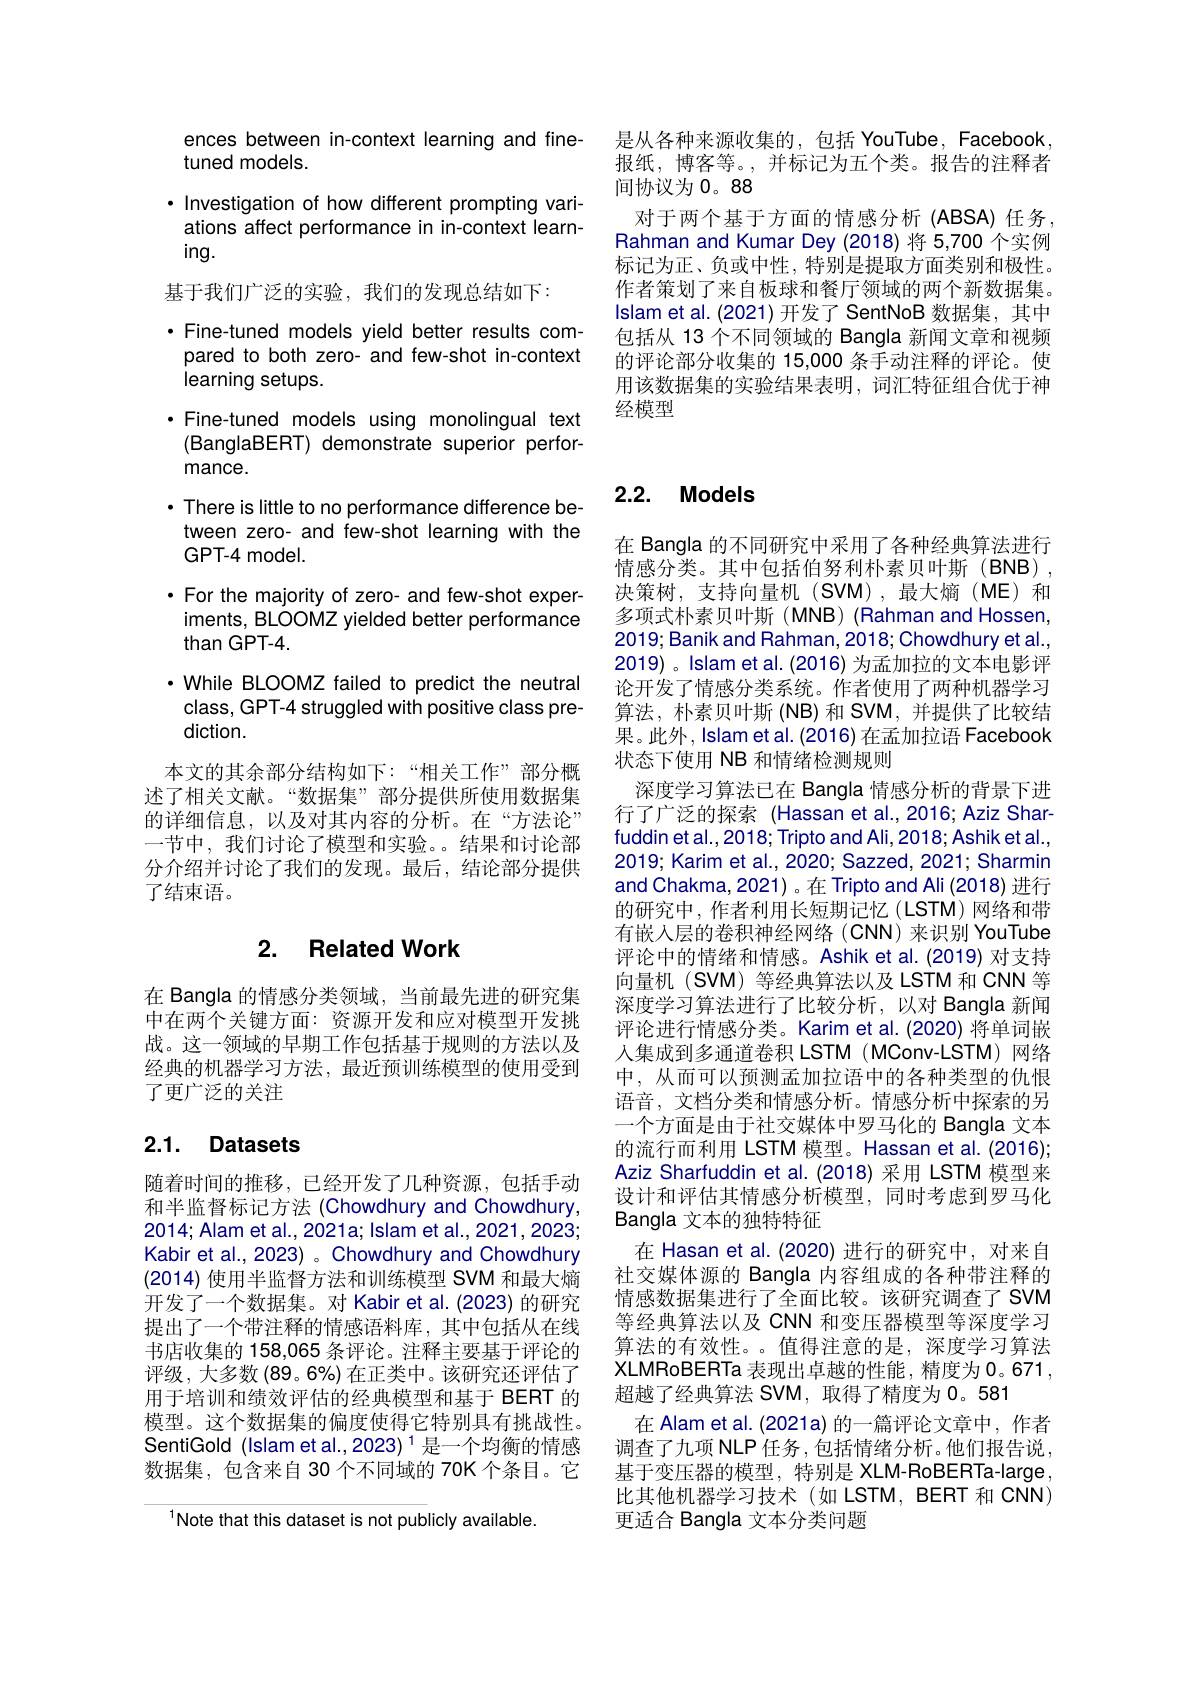
是从各种来源收集的，包括 YouTube, Facebook 报纸，博客等。,并标记为五个类。报告的注释者间协议为 0。88
对于两个基于方面的情感分析(ABSA)任务Rahman and Kumar Dey(2018)将 5,700 个实例标记为正、负或中性，特别是提取方面类别和极性。作者策划了来自板球和餐厅领域的两个新数据集。Islam et al. (2021) 开发了 SentNoB 数据集，其中包括从 13 个不同领域的 Bangla 新闻文章和视频的评论部分收集的 15,000 条手动注释的评论。使用该数据集的实验结果表明，词汇特征组合优于神经模型

ences between in-context learning and fine-
tuned models.
$\cdot$ Investigation of how different prompting variations affect performance in in-context learning.
基于我们广泛的实验，我们的发现总结如下：
· Fine-tuned models yield better results compared to both zero- and few-shot in-context learning setups.
·Fine-tuned models using monolingual text (BanglaBERT) demonstrate superior performance.
· There is little to no performance difference be-
tween zero- and few-shot learning with the
GPT- 4 model.
·For the majority of zero- and few-shot exper-
iments, BLOOMZ yielded better performance
than GPT-4.
· While BLOOMZ failed to predict the neutral class, GPT-4 struggled with positive class prediction.
本文的其余部分结构如下：“相关工作”部分概述了相关文献。“数据集”部分提供所使用数据集的详细信息，以及对其内容的分析。在“方法论” 一节中，我们讨论了模型和实验。。结果和讨论部分介绍并讨论了我们的发现。最后，结论部分提供了结束语。

### 2. Related Work

在 Bangla 的情感分类领域，当前最先进的研究集中在两个关键方面：资源开发和应对模型开发挑战。这一领域的早期工作包括基于规则的方法以及经典的机器学习方法，最近预训练模型的使用受到了更广泛的关注

# 2.1. Datasets

随着时间的推移，已经开发了几种资源，包括手动和半监督标记方法 (Chowdhury and Chowdhury, 2014; Alam et al., 2021a; Islam et al., 2021, 2023; Kabir et al., 2023) 。Chowdhury and Chowdhury (2014)使用半监督方法和训练模型 SVM 和最大熵开发了一个数据集。对 Kabir et al. (2023) 的研究提出了一个带注释的情感语料库，其中包括从在线书店收集的 158,065 条评论。注释主要基于评论的评级，大多数(89。6%) 在正类中。该研究还评估了用于培训和绩效评估的经典模型和基于 BERT 的模型。这个数据集的偏度使得它特别具有挑战性。SentiGold (Islam et al.,2023) $^1$是一个均衡的情感数据集，包含来自 30 个不同域的 70K 个条目。它

$^{1}$Note that this dataset is not publicly available.

## 2.2. Models

在 Bangla 的不同研究中采用了各种经典算法进行情感分类。其中包括伯努利朴素贝叶斯(BNB), 决策树，支持向量机(SVM),最大熵(ME)和多项式朴素贝叶斯(MNB)(Rahman and Hossen, 2019; Banik and Rahman, 2018; Chowdhury et al. 2019) 。Islam et al. (2016) 为孟加拉的文本电影评论开发了情感分类系统。作者使用了两种机器学习算法，朴素贝叶斯 (NB)和 SVM, 并提供了比较结果。此外，Islam et al. (2016) 在孟加拉语 Facebook 状态下使用 NB 和情绪检测规则
深度学习算法已在 Bangla 情感分析的背景下进行了广泛的探索 (Hassan et al.,2016; Aziz Sharfuddin et al., 2018; Tripto and Ali, 2018; Ashik et al., 2019; Karim et al., 2020; Sazzed, 2021; Sharmin and Chakma, 2021) 。在 Tripto and Ali (2018) 进行的研究中，作者利用长短期记忆(LSTM)网络和带有嵌入层的卷积神经网络(CNN)来识别 YouTube 评论中的情绪和情感。Ashik et al.(2019) 对支持向量机(SVM) 等经典算法以及 LSTM 和 CNN 等深度学习算法进行了比较分析，以对 Bangla 新闻评论进行情感分类。Karim et al.(2020) 将单词嵌人集成到多通道卷积 LSTM (MConv-LSTM) 网络中，从而可以预测孟加拉语中的各种类型的仇恨语音，文档分类和情感分析。情感分析中探索的另一个方面是由于社交媒体中罗马化的 Bangla 文本的流行而利用 LSTM 模型。Hassan et al. (2016); Aziz Sharfuddin et al.(2018) 采用 LSTM 模型来设计和评估其情感分析模型，同时考虑到罗马化Bangla 文本的独特特征
在 Hasan et al.(2020) 进行的研究中，对来自社交媒体源的 Bangla 内容组成的各种带注释的情感数据集进行了全面比较。该研究调查了 SVM 等经典算法以及 CNN 和变压器模型等深度学习算法的有效性。。值得注意的是，深度学习算法XLMRoBERTa 表现出卓越的性能，精度为0。671 , 超越了经典算法 SVM, 取得了精度为0。581
在 Alam et al. (2021a) 的一篇评论文章中，作者调查了九项 NLP 任务，包括情绪分析。他们报告说， 基于变压器的模型，特别是 XLM-RoBERTa-large 比其他机器学习技术(如LSTM，BERT 和 CNN) 更适合 Bangla 文本分类问题